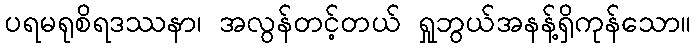
ပရမရုစိရဒဿနာ၊ အလွန်တင့်တယ် ရှုဘွယ်အနန့်ရှိကုန်သော။